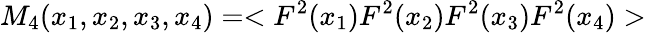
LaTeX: M_{4}(x_{1},x_{2},x_{3},x_{4})=<F^{2}(x_{1})F^{2}(x_{2})F^{2}(x_{3})F^{2}(x_{4})>